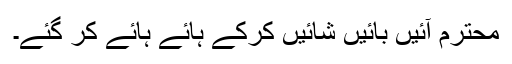
محترم آئیں بائیں شائیں کرکے ہائے ہائے کر گئے۔